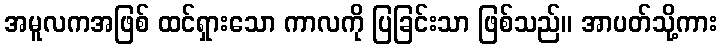
အမူလကအဖြစ် ထင်ရှားသော ကာလကို ပြခြင်းသာ ဖြစ်သည်။ အာပတ်သို့ကား